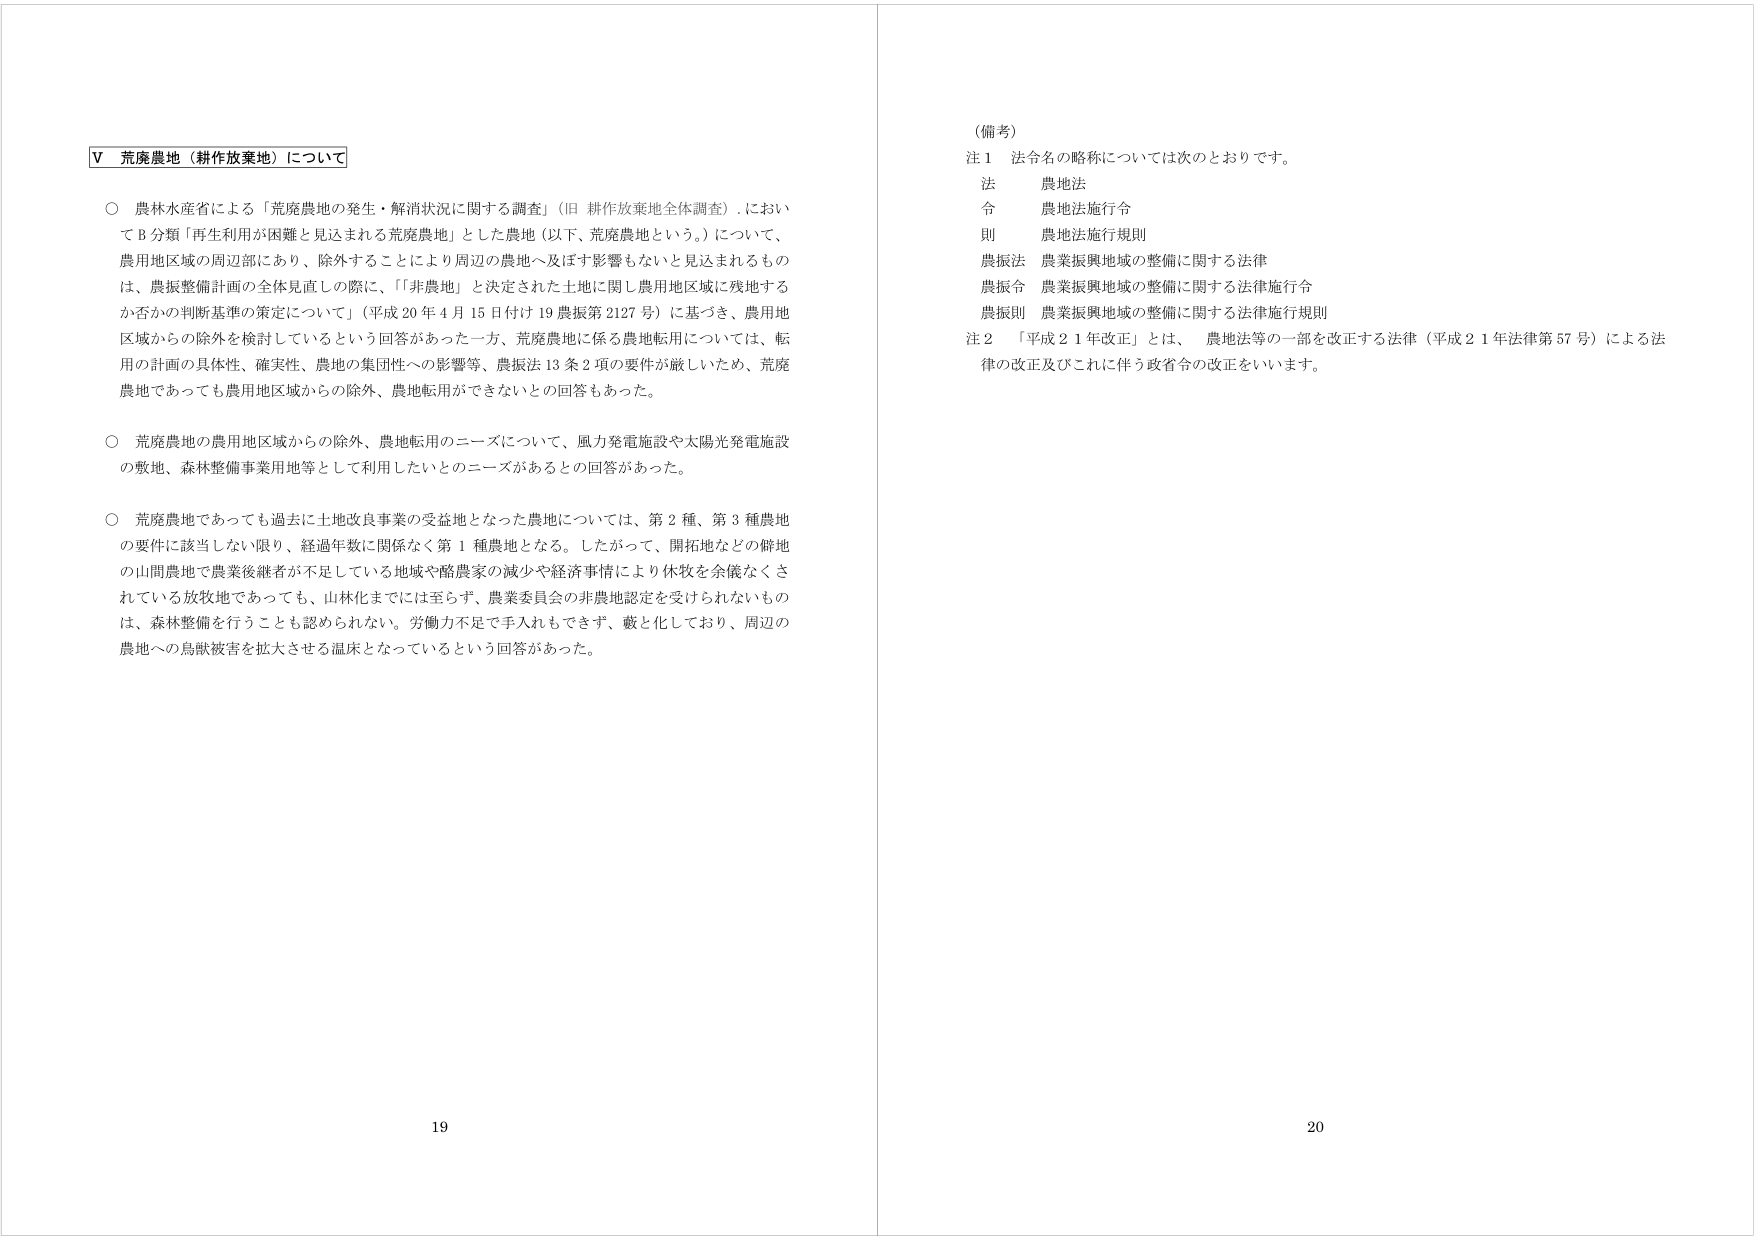
V 荒廃農地（耕作放棄地）について

○ 農林水産省による「荒廃農地の発生・解消状況に関する調査」（旧 耕作放棄地全体調査）においてB分類「再生利用が困難と見込まれる荒廃農地」とした農地（以下、荒廃農地という。）について、農用地区域の周辺部にあり、除外することにより周辺の農地へ及ぼす影響もないと見込まれるものは、農振整備計画の全体見直しの際に、「非農地」と決定された土地に間し農用地区域に残地するか否かの判断基準の策定について」（平成20年4月15日付け19農振第2127号）に基づき、農用地区域からの除外を検討しているという回答があった一方、荒廃農地に係る農地転用については、転用の計画の具体性、確実性、農地の集団性への影響等、農振法13条2項の要件が厳しいため、荒廃農地であっても農用地区域からの除外、農地転用ができないとの回答もあった。

○ 荒廃農地の農用地区域からの除外、農地転用のニーズについて、風力発電施設や太陽光発電施設の敷地、森林整備事業用地等として利用したいとのニーズがあるとの回答があった。

○ 荒廃農地であっても過去に土地改良事業の受益地となった農地については、第2種、第3種農地の要件に該当しない限り、経過年数に関係なく第1種農地となる。したがって、開拓地などの僻地の山間農地で農業後継者が不足している地域や酪農家の減少や経済事情により休牧を余儀なくされている放牧地であっても、山林化までには至らず、農業委員会の非農地認定を受けられないものは、森林整備を行うことも認められない。労働力不足で手入れもできず、藪と化しており、周辺の農地への鳥獣被害を拡大させる温床となっているという回答があった。

（備考）
注1 法令名の略称については次のとおりです。
法 農地法
令 農地法施行令
則 農地法施行規則
農振法 農業振興地域の整備に関する法律
農振令 農業振興地域の整備に関する法律施行令
農振則 農業振興地域の整備に関する法律施行規則
注2 「平成21年改正」とは、農地法等の一部を改正する法律（平成21年法律第57号）による法律の改正及びこれに伴う政省令の改正をいいます。

19
20